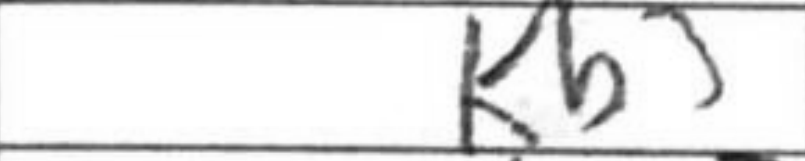
Transcription: Kb5